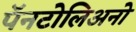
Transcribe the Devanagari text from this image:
पॅनटोलिअनो